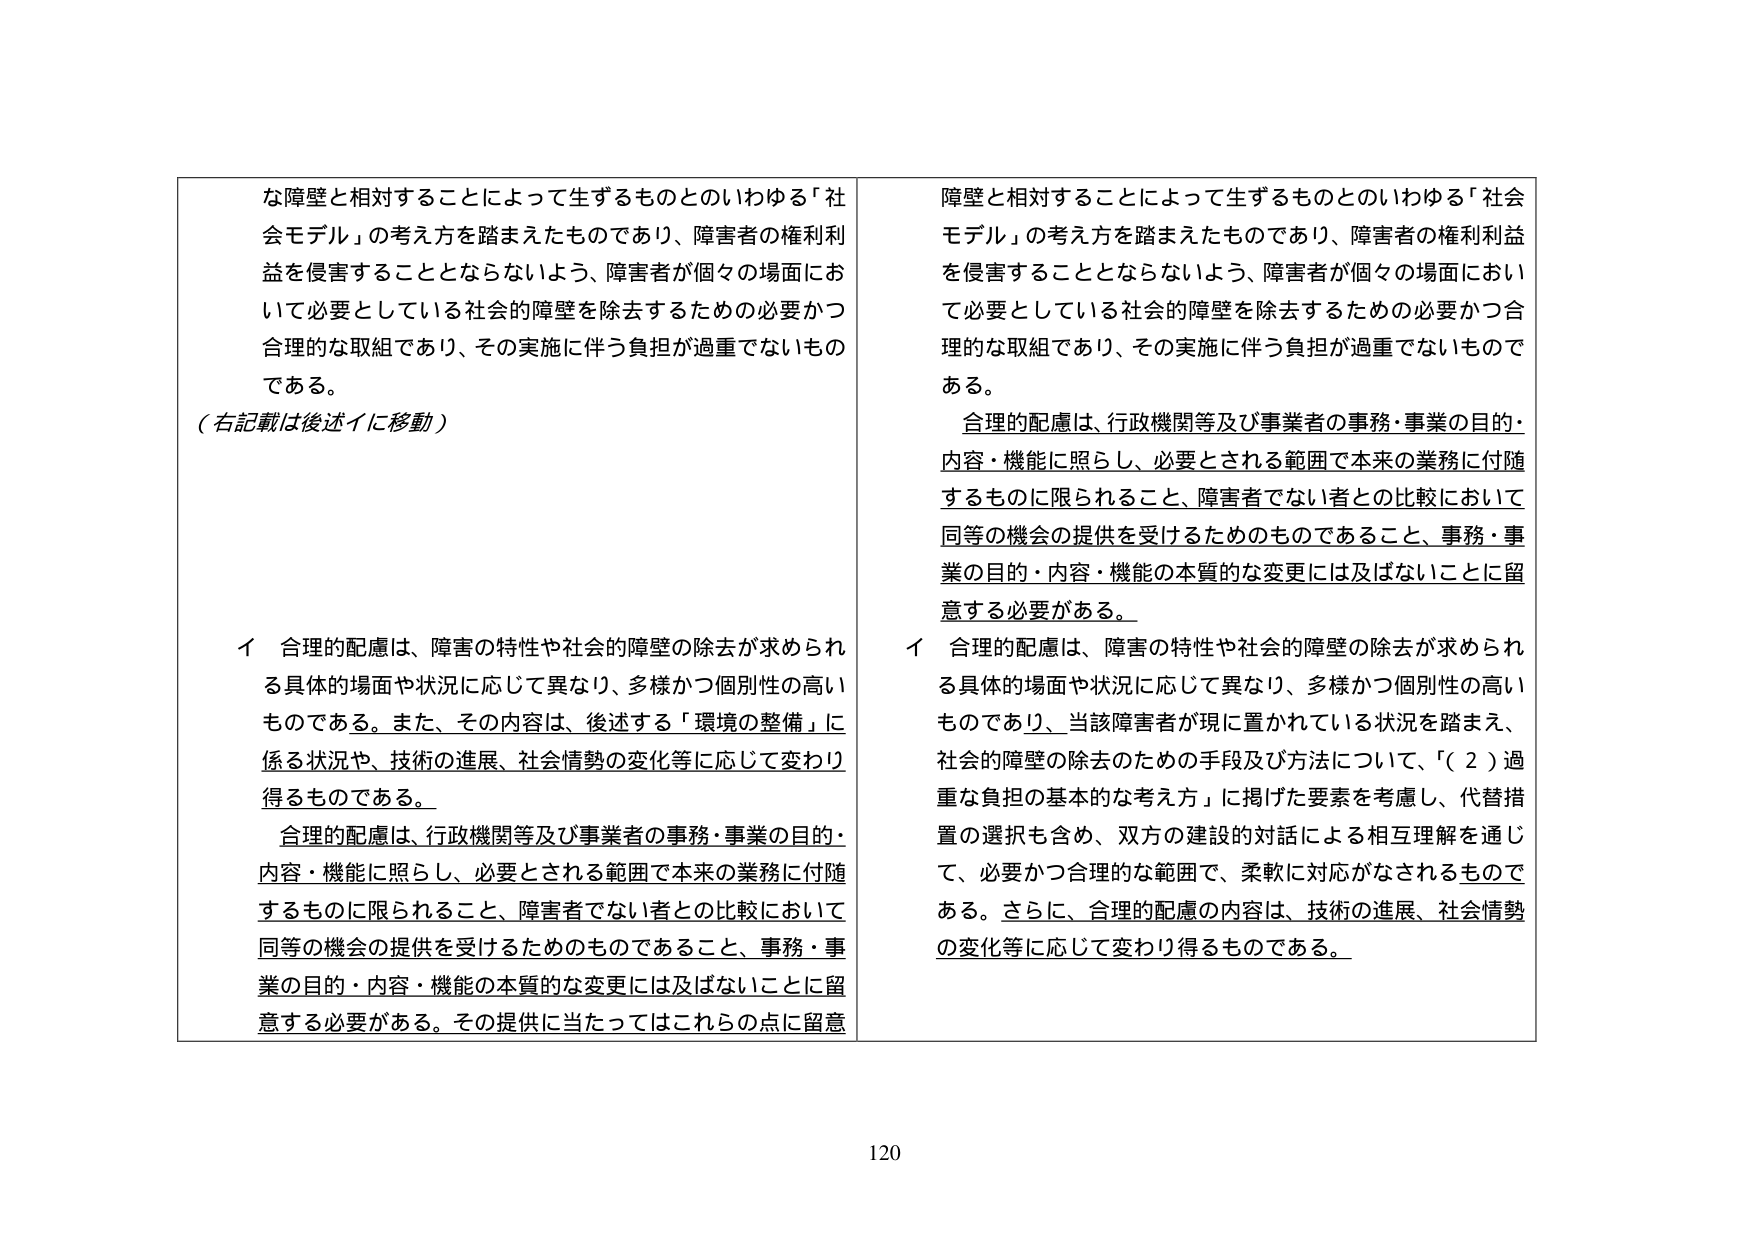
な障壁と相対することによって生ずるものとのいわゆる「社会モデル」の考え方を踏まえたものであり、障害者の権利利益を侵害することとならないよう、障害者が個々の場面において必要としている社会的障壁を除去するための必要かつ合理的な取組であり、その実施に伴う負担が過重でないものである。

（右記載は後述イに移動）

イ 合理的配慮は、障害の特性や社会的障壁の除去が求められる具体的場面や状況に応じて異なり、多様かつ個別性の高いものである。また、その内容は、後述する「環境の整備」に係る状況や、技術の進展、社会情勢の変化等に応じて変わり得るものである。

合理的配慮は、行政機関等及び事業者の事務・事業の目的・内容・機能に照らし、必要とされる範囲で本来の業務に付随するものに限られること、障害者でない者との比較において同等の機会の提供を受けるためのものであること、事務・事業の目的・内容・機能の本質的な変更には及ばないことに留意する必要がある。その提供に当たってはこれらの点に留意

障壁と相対することによって生ずるものとのいわゆる「社会モデル」の考え方を踏まえたものであり、障害者の権利利益を侵害することとならないよう、障害者が個々の場面において必要としている社会的障壁を除去するための必要かつ合理的な取組であり、その実施に伴う負担が過重でないものである。

合理的配慮は、行政機関等及び事業者の事務・事業の目的・内容・機能に照らし、必要とされる範囲で本来の業務に付随するものに限られること、障害者でない者との比較において同等の機会の提供を受けるためのものであること、事務・事業の目的・内容・機能の本質的な変更には及ばないことに留意する必要がある。

イ 合理的配慮は、障害の特性や社会的障壁の除去が求められる具体的場面や状況に応じて異なり、多様かつ個別性の高いものであり、当該障害者が現に置かれている状況を踏まえ、社会的障壁の除去のための手段及び方法について、「（２）過重な負担の基本的な考え方」に掲げた要素を考慮し、代替措置の選択も含め、双方の建設的対話による相互理解を通じて、必要かつ合理的な範囲で、柔軟に対応がなされるものである。さらに、合理的配慮の内容は、技術の進展、社会情勢の変化等に応じて変わり得るものである。

120